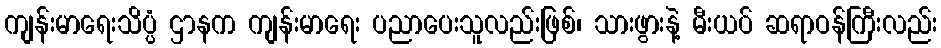
ကျန်းမာရေးသိပ္ပံ ဌာနက ကျန်းမာရေး ပညာပေးသူလည်းဖြစ်၊ သားဖွားနဲ့ မီးယပ် ဆရာဝန်ကြီးလည်း